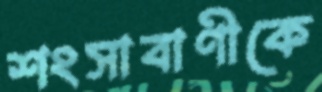
শংসাবাণীকে